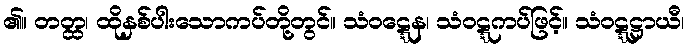
၏။ တတ္ထ၊ ထိုနှစ်ပါးသောကပ်တို့တွင်။ သံဝဋ္ဋေန၊ သံဝဋ္ဋကပ်ဖြင့်။ သံဝဋ္ဋဋ္ဌာယီ၊